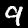
Label: 9